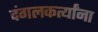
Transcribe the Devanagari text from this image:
दंगलकर्त्यांना